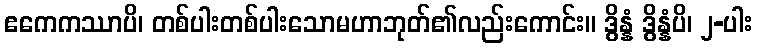
ဧကေကဿာပိ၊ တစ်ပါးတစ်ပါးသောမဟာဘုတ်၏လည်းကောင်း။ ဒွိန္နံ ဒွိန္နံပိ၊ ၂-ပါး